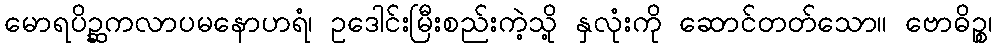
မောရပိဉ္ဆကလာပမနောဟရံ၊ ဥဒေါင်းမြီးစည်းကဲ့သို့ နှလုံးကို ဆောင်တတ်သော။ ဗောဓိဉ္စ၊